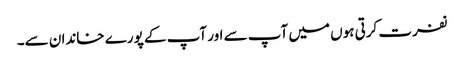
نفرت کرتی ہوں میں آپ سے اور آپ کے پورے خاندان سے۔